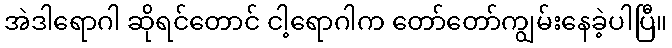
အဲဒါရောဂါ ဆိုရင်တောင် ငါ့ရောဂါက တော်တော်ကျွမ်းနေခဲ့ပါပြီ။